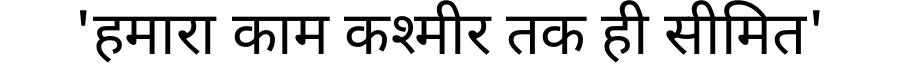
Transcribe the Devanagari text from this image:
'हमारा काम कश्मीर तक ही सीमित'